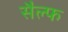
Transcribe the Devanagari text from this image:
सैल्फ